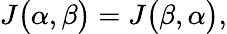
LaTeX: \begin{array}{l}{\displaystyle{J\big(\alpha,\beta\big)=J\big(\beta,\alpha\big),}}\end{array}